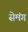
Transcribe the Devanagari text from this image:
सेमंग